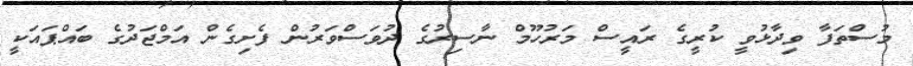
މުސްތަފާ ވިދާޅުވީ ކުރީގެ ރައީސް މަރުހޫމް ނާސިރުގެ ދުވަސްވަރުން ފެށިގެން އަމްޖަދުގެ ބައްޕައަކީ